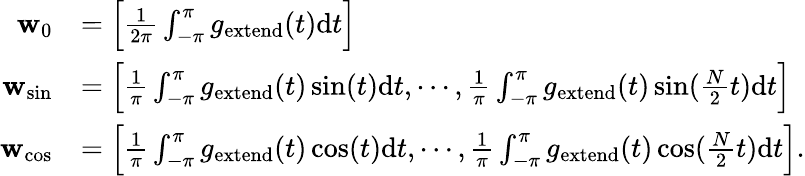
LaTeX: \begin{array}{rl}{\mathbf{w}_{0}}&{=\Big[\frac{1}{2\pi}\int_{-\pi}^{\pi}g_{\mathrm{extend}}(t)\mathrm{d}t\Big]}\\ {\mathbf{w}_{\mathrm{sin}}}&{=\Big[\frac{1}{\pi}\int_{-\pi}^{\pi}g_{\mathrm{extend}}(t)\sin(t)\mathrm{d}t,\cdots,\frac{1}{\pi}\int_{-\pi}^{\pi}g_{\mathrm{extend}}(t)\sin(\frac{N}{2}t)\mathrm{d}t\Big]}\\ {\mathbf{w}_{\mathrm{cos}}}&{=\Big[\frac{1}{\pi}\int_{-\pi}^{\pi}g_{\mathrm{extend}}(t)\cos(t)\mathrm{d}t,\cdots,\frac{1}{\pi}\int_{-\pi}^{\pi}g_{\mathrm{extend}}(t)\cos(\frac{N}{2}t)\mathrm{d}t\Big].}\end{array}